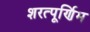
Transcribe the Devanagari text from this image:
शरत्पूर्णिम